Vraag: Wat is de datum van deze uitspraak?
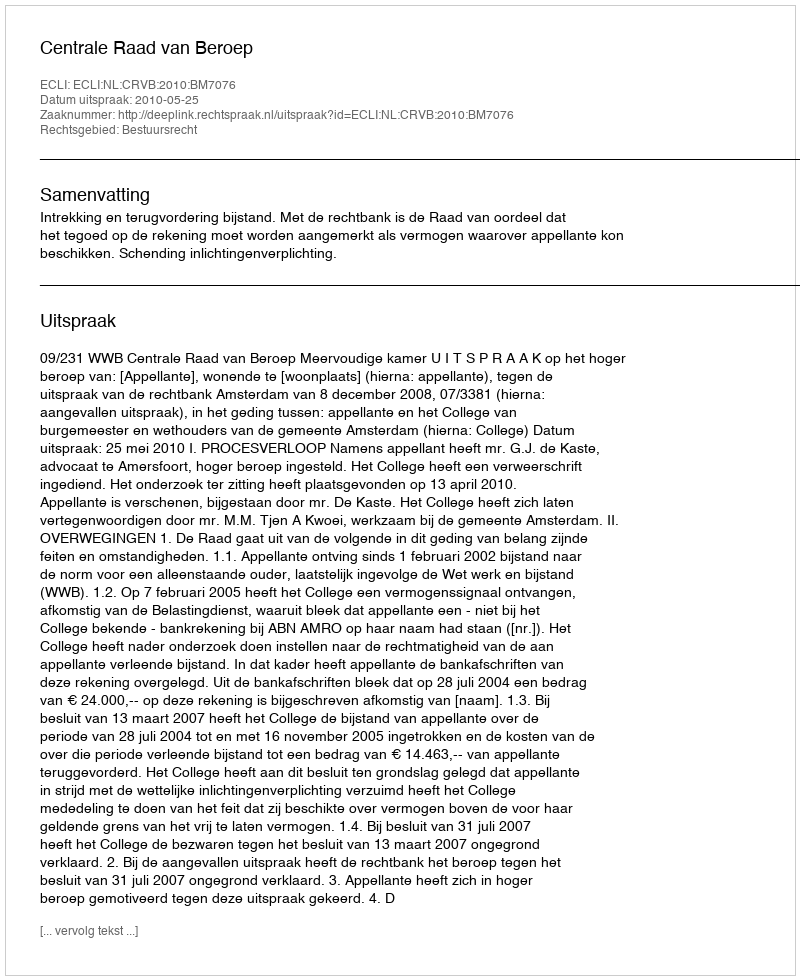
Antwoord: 2010-05-25